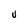
Character: U